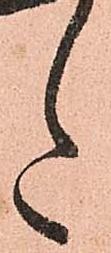
た